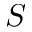
S